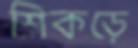
শিকড়ে